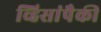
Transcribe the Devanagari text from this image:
व्हिसांपैकी